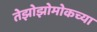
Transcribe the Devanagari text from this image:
तेझोझोमोकच्या